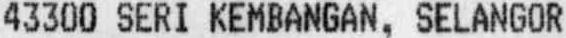
43300 SERI KEMBANGAN, SELANGOR